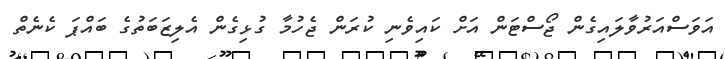
އަވަސްއަރުވާލައިގެން ޖޯސްޓަން އަށް ކައިވެނި ކުރަން ޖެހުމާ ގުޅިގެން އެލިޒަބަތުގެ ބައްޕަ ކެނެތް